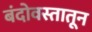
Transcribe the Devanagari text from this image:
बंदोवस्तातून